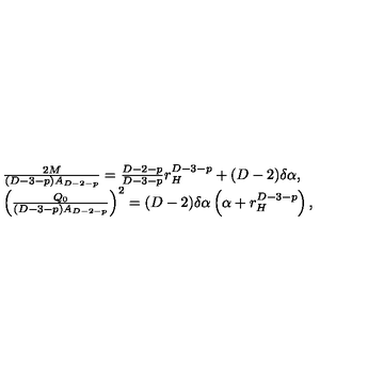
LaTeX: \begin{array} { l } { \frac { 2 M } { ( D - 3 - p ) A _ { D - 2 - p } } = \frac { D - 2 - p } { D - 3 - p } r _ { H } ^ { D - 3 - p } + ( D - 2 ) \delta \alpha , } \\ { \left( \frac { Q _ { 0 } } { ( D - 3 - p ) A _ { D - 2 - p } } \right) ^ { 2 } = ( D - 2 ) \delta \alpha \left( \alpha + r _ { H } ^ { D - 3 - p } \right) , } \\ \end{array}